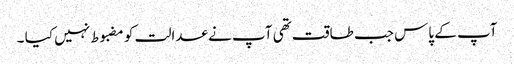
آپ کے پاس جب طاقت تھی آپ نے عدالت کو مضبوط نہیں کیا ۔